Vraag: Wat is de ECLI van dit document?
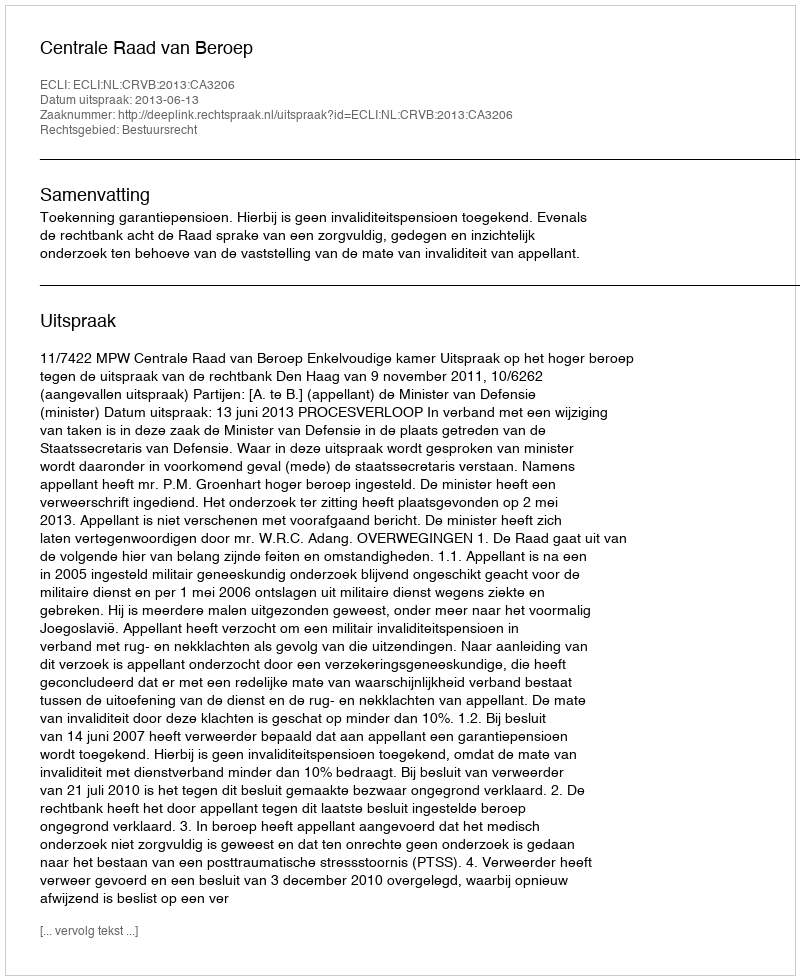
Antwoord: ECLI:NL:CRVB:2013:CA3206